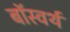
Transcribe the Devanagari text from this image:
बॉस्वर्थ